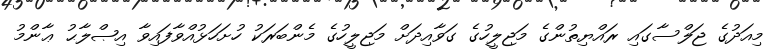
މިއަދުގެ ޖަލްސާގައި ރައްޔިތުންގެ މަޖިލީހުގެ ގަވާއިދަށް މަޖިލީހުގެ މެންބަރަކު ހުށަހަޅުއްވާފައިވާ އިޞްލާޙު ޢާންމު